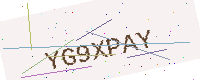
Text: YG9XPAY